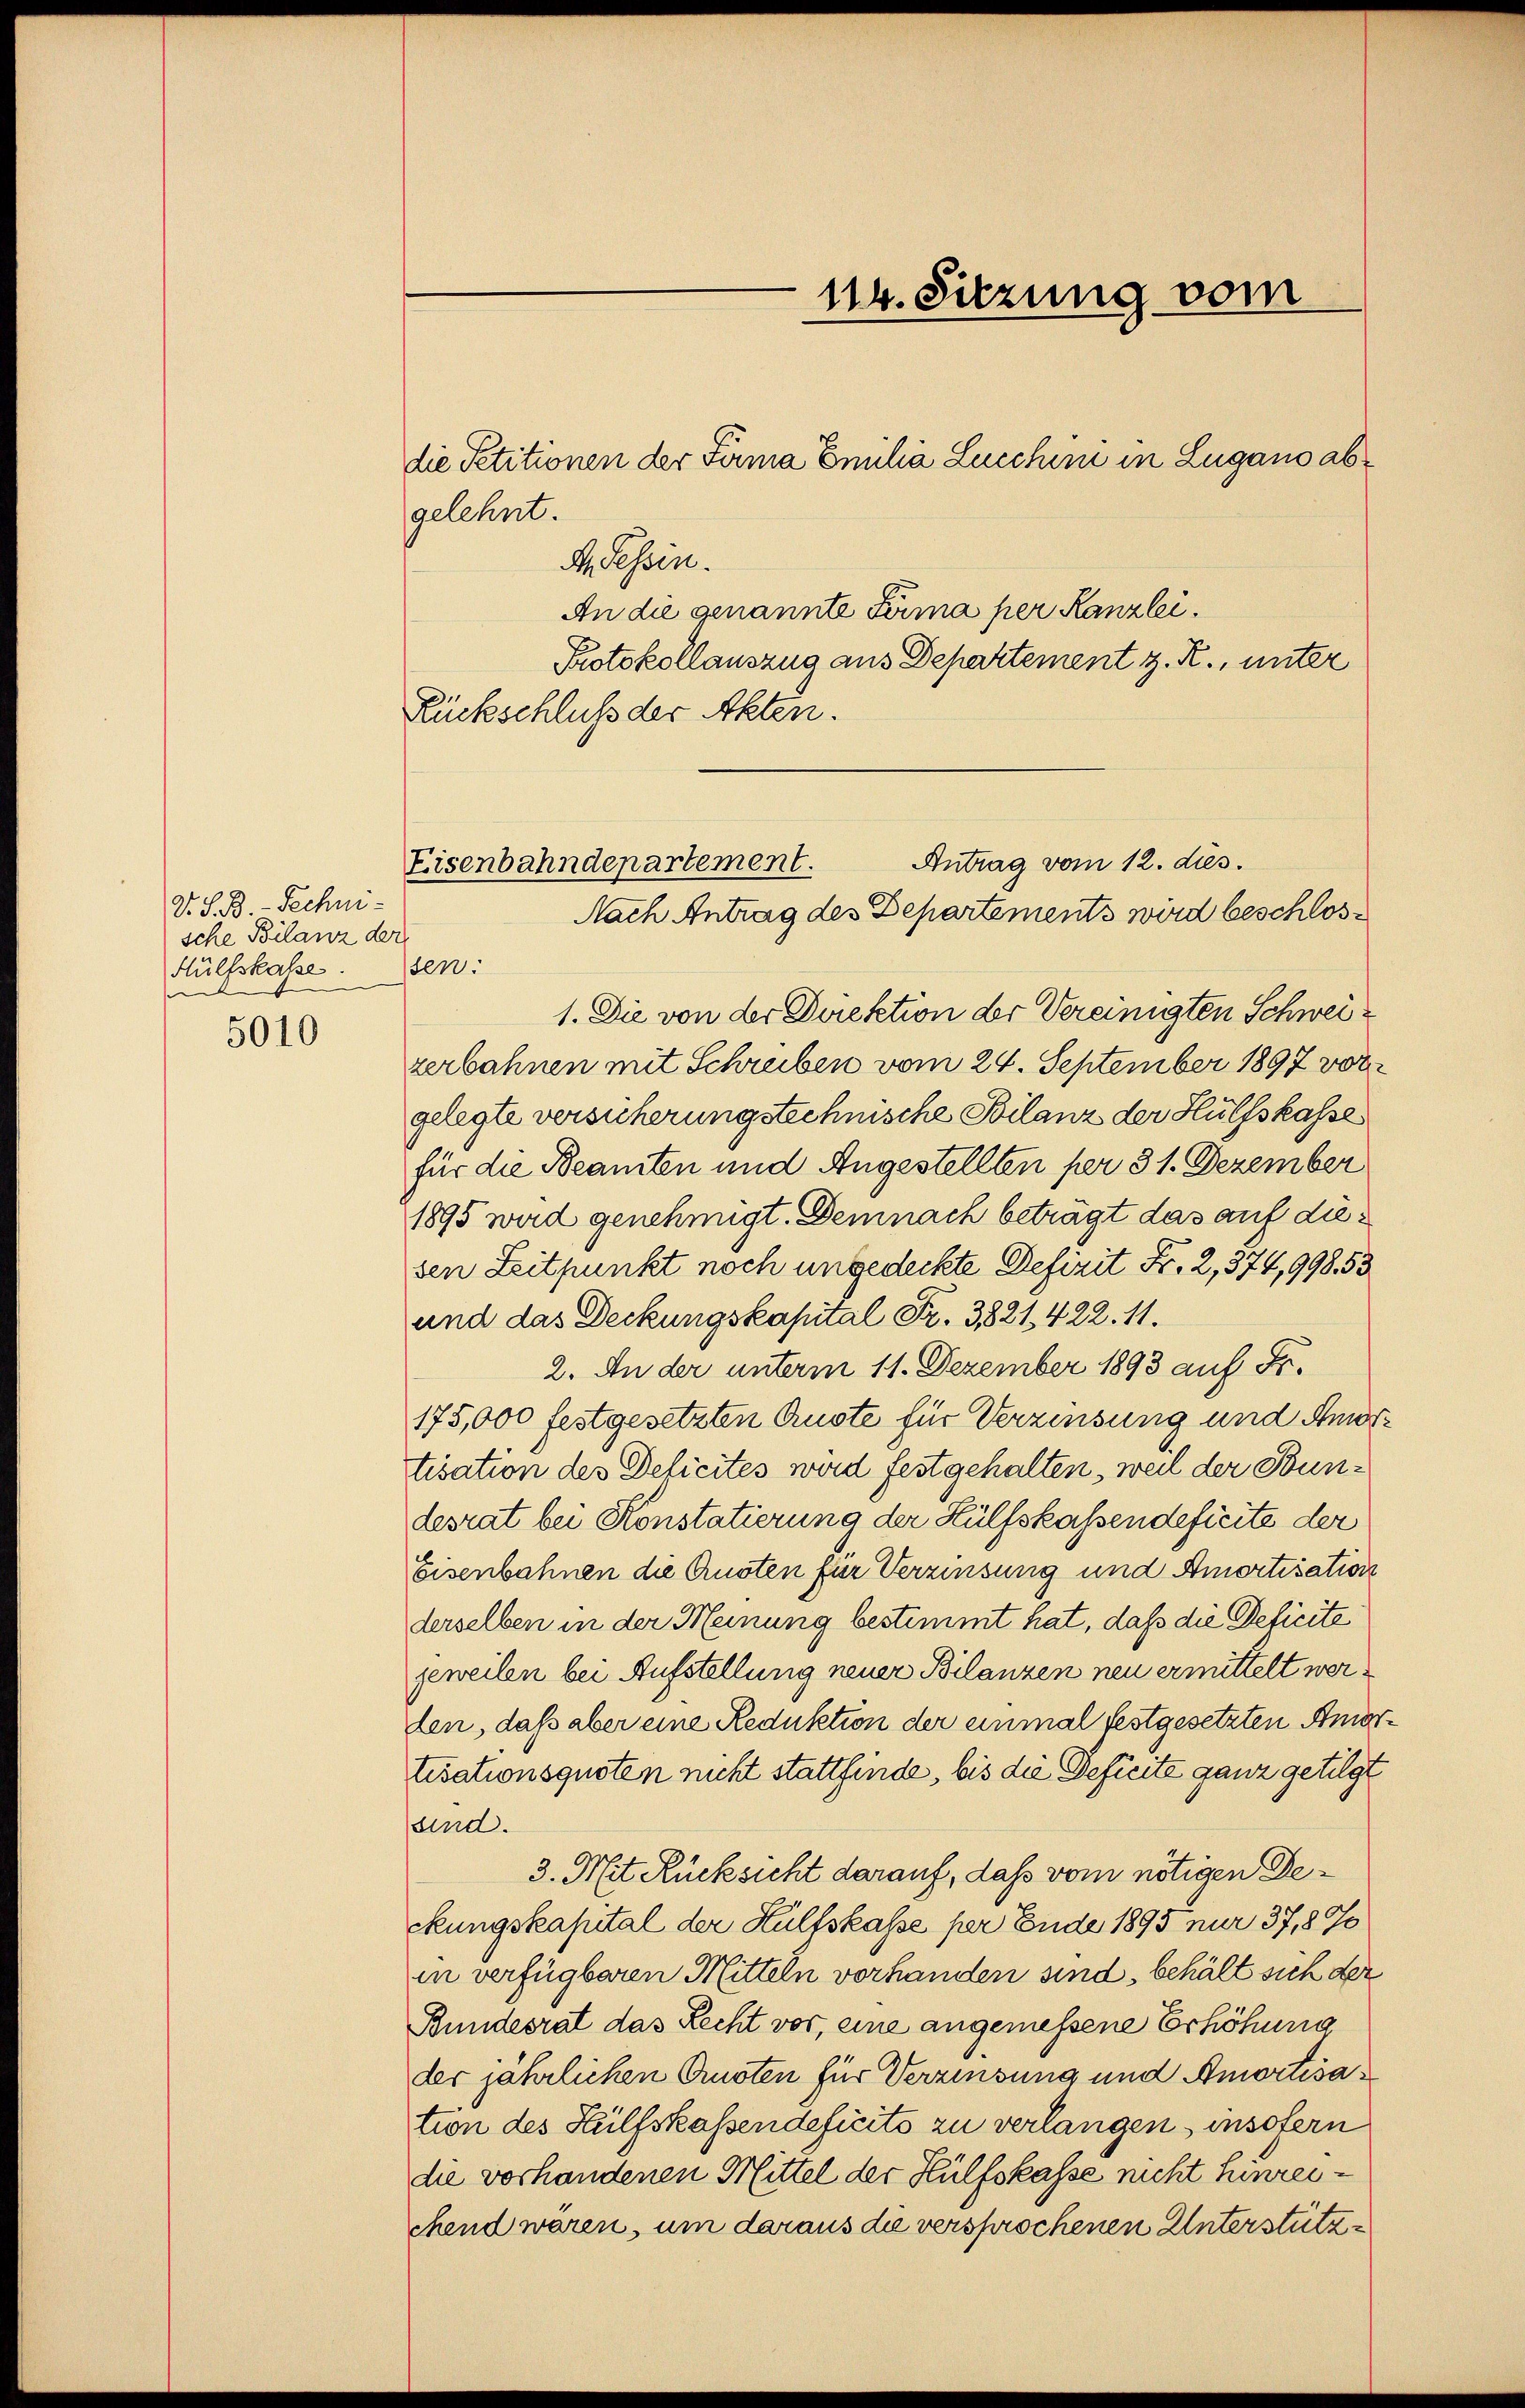
V. S. B. Rechni-
sche Bilanz der
Hülfskasse.
5010

gelehnt.
A Tessin.
An die genannte Firma per Kanzlei.
Protokollauszug aus Departement z. R., unter
sen.
1. Die von der Direktion der Vereinigten Schweizerbahnen mit Schreiben vom 24. September 1897 vor
gelegte versicherung stechnische Bilanz der Hülfskasse
für die Beamten und Angestellten per 31. Dezember
1895 wird genehmigt. Demnach beträgt das auf diesen Zeitpunkt noch ungedeckte Defizit Fr. 2, 374,998 53
und das Deckungskapital Fr. 3821. 422. 11.
2. An der unterm 11. Dezember 1893 auf Fr.
175,000 festgesetzten Auste für Verzinsung und An
tisation des Delicites wird festgehalten, weil der Bundesrat bei Konstatierung der Hülfskassendefierte der
Eisenbahnen die Quoten für Verzinsung und Amortisation
derselben in der Meinung bestimmt hat, daß die Deficite
jeweilen bei Aufstellung neuer Bilanzen neu ermittelt werlen, daß aber eine Reduktion der einmal festgesetzten Ans
tisationsquoten nicht stattfinde, bis die Deficite ganz getilgt
sind.
3. Mit Rücksicht darauf, dass vom nötigen Deckungskapital der Hülfskasse per Ende 1895 nur 37,870
in verfügbaren Mitteln vorhanden sind, behält sich der
Bundesrat das Recht vor, eine angemessene Erhöhung
der jährlichen Austen für Verzinsung und Amortisation des Hülfskassendeficits zu verlangen, insofern
die vorhandenen Mittel der Hülfskasse nicht hinreichend waren, um daraus die versprochenen Unterstütz¬

die Petitionen der Firma Emilia Lucchini in Lugano ab¬

114. Sitzung vom

Rückschluß der Akten.
Antrag vom 12. dies.
Eisenbahndepartement.
Nach Antrag des Departements wird beschlos¬